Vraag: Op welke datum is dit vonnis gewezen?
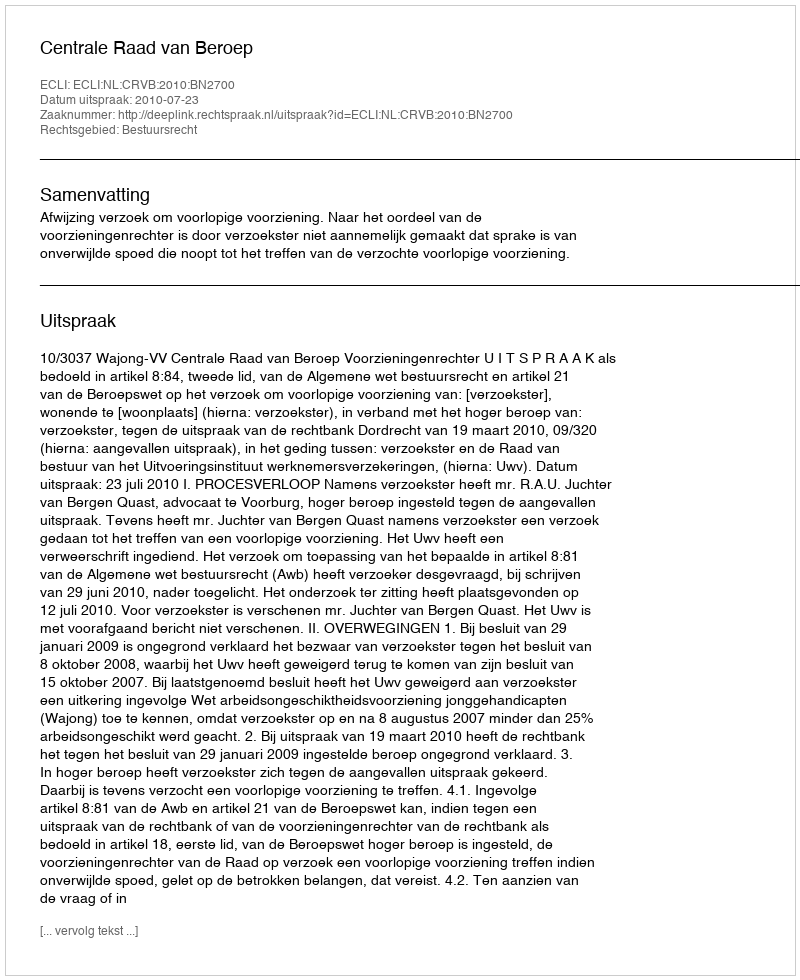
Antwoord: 2010-07-23